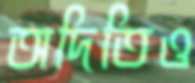
অদিতিও